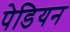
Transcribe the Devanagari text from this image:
पेडियन